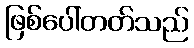
ဖြစ်ပေါ်တတ်သည်